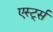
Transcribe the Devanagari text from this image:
एर्स्ट्स